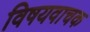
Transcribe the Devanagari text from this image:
विषयवाचक